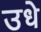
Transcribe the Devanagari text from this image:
उधे